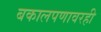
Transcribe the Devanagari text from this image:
बकालपणावरही